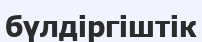
бүлдіргіштік